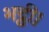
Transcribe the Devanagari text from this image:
भट्ठी।